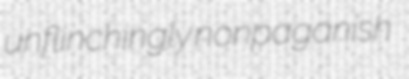
unflinchingly nonpaganish